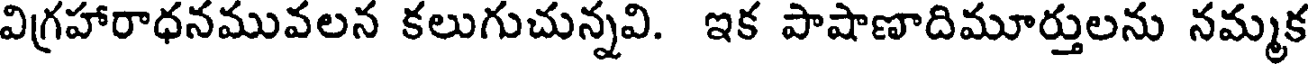
విగ్రహారాధనమువలన కలుగుచున్నవి. ఇక పాషాణాదిమూర్తులను నమ్మక